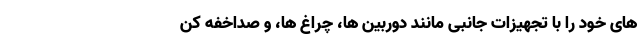
های خود را با تجهیزات جانبی مانند دوربین ها، چراغ ها، و صداخفه کن